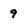
Character: 9